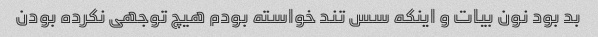
بد بود نون بیات و اینکه سس تند خواسته بودم هیچ توجهی نکرده بودن